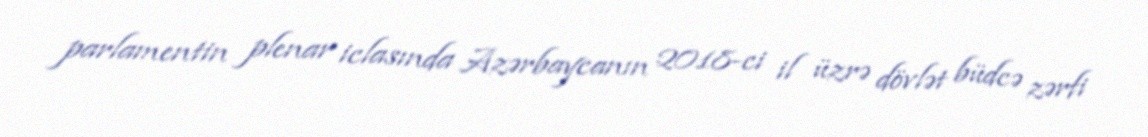
parlamentin plenar iclasında Azərbaycanın 2018-ci il üzrə dövlət büdcə zərfi